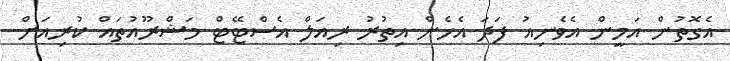
އެގޮތުން އަމީން އެވެނިއު ފަދަ އެހެން އިތުރު ރިއަލް އެސްޓޭޓް މަޝްރޫއުތައް ކުރިއަށް